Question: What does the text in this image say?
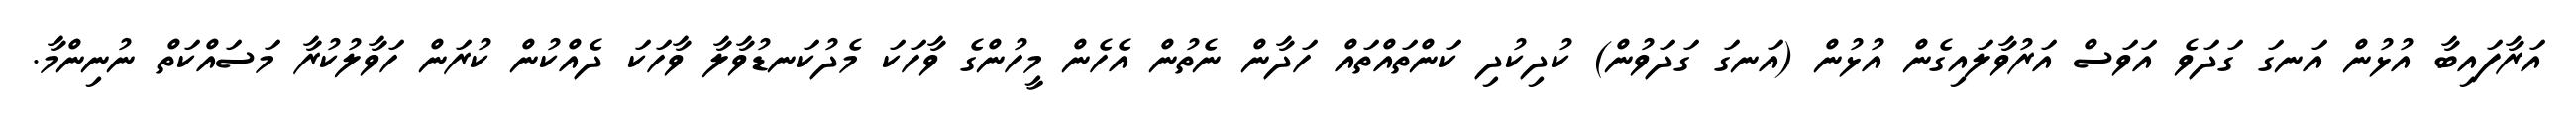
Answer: އަރާފައިބާ އުޅުން އަނގަ ގަދަވެ އަވަސް އަރުވާލައިގެން އުޅުން (އަނގަ ގަދަވުން) ކުދިކުދި ކަންތައްތައް ހަދާން ނެތުން އެހެން މީހުންގެ ވާހަކަ މެދުކަނޑުވާލާ ވާހަކަ ދެއްކުން ކުރަން ހަވާލުކުރާ މަސައްކަތް ނުނިންމާ.